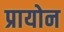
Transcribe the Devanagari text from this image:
प्रायोन